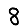
Digit: 8